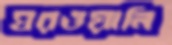
ঘরওয়ালি